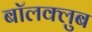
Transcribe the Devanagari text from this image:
बॉलक्लुब